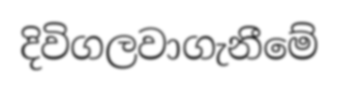
දිවිගලවාගැනීමේ